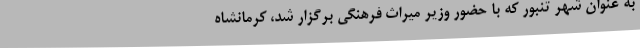
به عنوان شهر تنبور که با حضور وزیر میراث فرهنگی برگزار شد، کرمانشاه